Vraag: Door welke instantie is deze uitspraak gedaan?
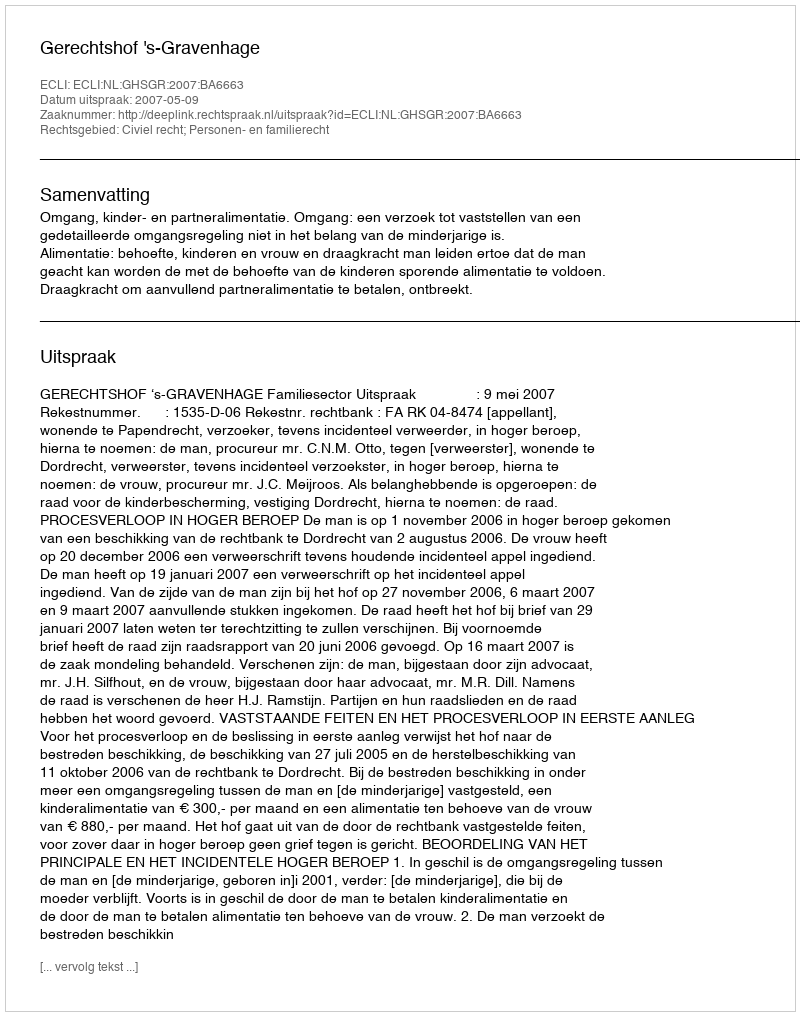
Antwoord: Gerechtshof 's-Gravenhage